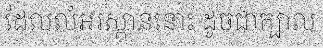
ដែលលំអរស្ពាននោះ ដូចជាក្បាល